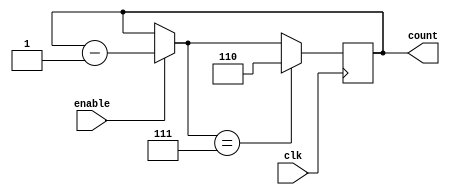
module Counter_4(input clk , input enable , output reg[2:0] count);
	initial count = 3'b110;
	always @(posedge clk)
		begin
			if(enable)
				count = count-1'b1;
			if(count == 3'b111)
				count = 3'b110;
		end
endmodule